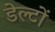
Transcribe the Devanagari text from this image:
डेल्टों